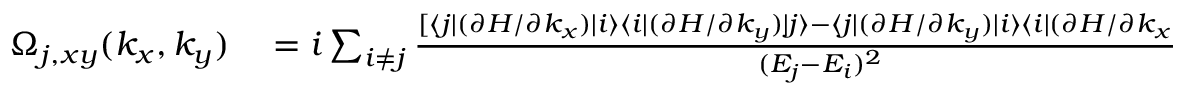
\begin{array} { r l } { \Omega _ { j , x y } ( k _ { x } , k _ { y } ) } & { { } = i \sum _ { i \neq j } \frac { [ \langle j | ( \partial { \cal H } / \partial k _ { x } ) | i \rangle \langle i | ( \partial { \cal H } / \partial k _ { y } ) | j \rangle - \langle j | ( \partial { \cal H } / \partial k _ { y } ) | i \rangle \langle i | ( \partial { \cal H } / \partial k _ { x } ) | j \rangle ] } { ( E _ { j } - E _ { i } ) ^ { 2 } } } \end{array}